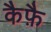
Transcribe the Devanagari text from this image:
कैफ़ै